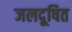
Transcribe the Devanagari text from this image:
जलदूषित